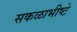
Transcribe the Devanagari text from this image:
सकळाभीष्टे